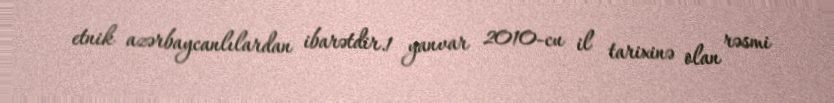
etnik azərbaycanlılardan ibarətdir.1 yanvar 2010-cu il tarixinə olan rəsmi